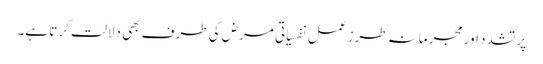
پر تشدد اور مجرمانہ طرزِ عمل نفسیاتی مرض کی طرف بھی دلالت کرتا ہے۔